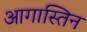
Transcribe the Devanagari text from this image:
आगास्तिन